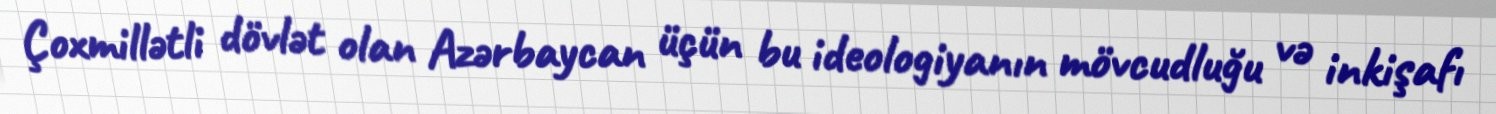
Çoxmillətli dövlət olan Azərbaycan üçün bu ideologiyanın mövcudluğu və inkişafı